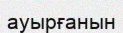
ауырғанын